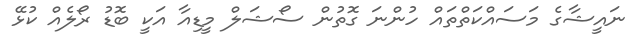
ނައީޝާގެ މަސައްކަތްތައް ހުންނަ ގޮތުން ސޯޝަލް މީޑިއާ އަކީ ބޮޑު ރޯލެއް ކުޅޭ